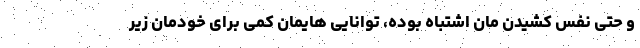
و حتی نفس کشیدن مان اشتباه بوده، توانایی هایمان کمی برای خودمان زیر